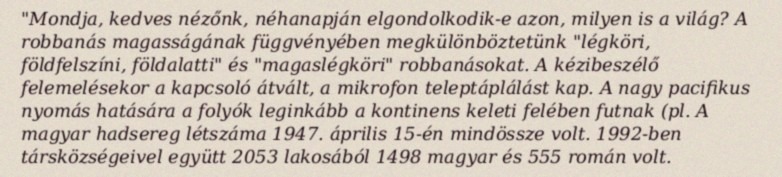
"Mondja, kedves nézőnk, néhanapján elgondolkodik-e azon, milyen is a világ? A robbanás magasságának függvényében megkülönböztetünk "légköri, földfelszíni, földalatti" és "magaslégköri" robbanásokat. A kézibeszélő felemelésekor a kapcsoló átvált, a mikrofon teleptáplálást kap. A nagy pacifikus nyomás hatására a folyók leginkább a kontinens keleti felében futnak (pl. A magyar hadsereg létszáma 1947. április 15-én mindössze volt. 1992-ben társközségeivel együtt 2053 lakosából 1498 magyar és 555 román volt.